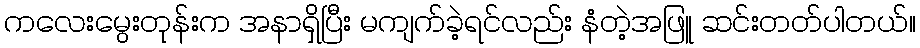
ကလေးမွေးတုန်းက အနာရှိပြီး မကျက်ခဲ့ရင်လည်း နံတဲ့အဖြူ ဆင်းတတ်ပါတယ်။